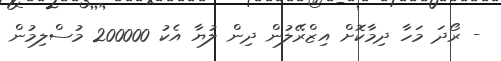
- ރޯދަ މަހާ ދިމާކޮށް އިޒްރޭލުން ދިން ލުޔާ އެކު 200000 މުސްލިމުން